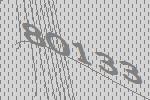
80133